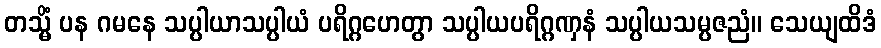
တသ္မိံ ပန ဂမနေ သပ္ပါယာသပ္ပါယံ ပရိဂ္ဂဟေတွာ သပ္ပါယပရိဂ္ဂဏှနံ သပ္ပါယသမ္ပဇညံ။ သေယျထိဒံ